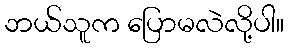
ဘယ်သူက ပြောမလဲလို့ပါ။